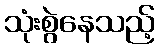
သုံးစွဲနေသည့်